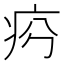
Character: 𤵏